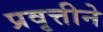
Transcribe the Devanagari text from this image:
प्रवृत्तीने